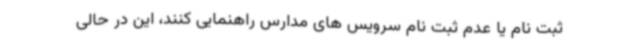
ثبت نام یا عدم ثبت نام سرویس های مدارس راهنمایی کنند، این در حالی